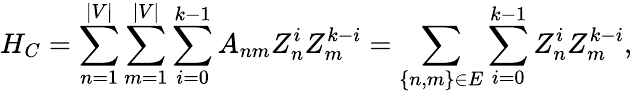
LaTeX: H_{C}=\sum_{n=1}^{|V|}\sum_{m=1}^{|V|}\sum_{i=0}^{k-1}A_{nm}Z_{n}^{i}Z_{m}^{k-i}=\sum_{\left\{ n,m\right\} \in E}\sum_{i=0}^{k-1}Z_{n}^{i}Z_{m}^{k-i},